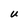
Character: U